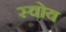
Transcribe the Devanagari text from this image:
स्वोय